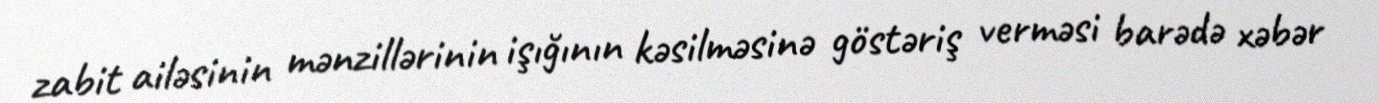
zabit ailəsinin mənzillərinin işığının kəsilməsinə göstəriş verməsi barədə xəbər